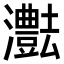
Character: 𤄝